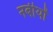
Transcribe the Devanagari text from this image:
नबीयों